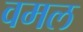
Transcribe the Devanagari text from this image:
वमल